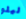
ليلو